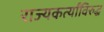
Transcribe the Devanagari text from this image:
राज्यकर्त्यांविरुद्ध